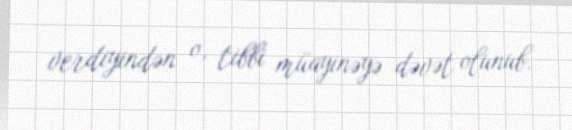
verdiyindən o, tibbi müayinəyə dəvət olunub.